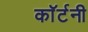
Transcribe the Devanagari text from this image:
काॅर्टनी